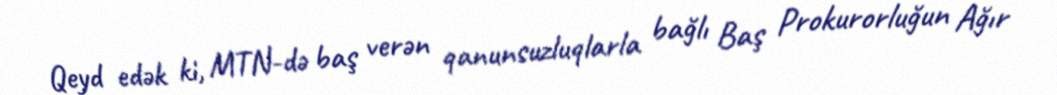
Qeyd edək ki, MTN-də baş verən qanunsuzluqlarla bağlı Baş Prokurorluğun Ağır